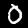
Label: 0